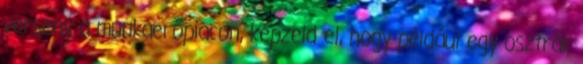
verseny a munkaerőpiacon, képzeld el, hogy például egy osztrák